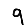
Digit: 9